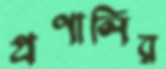
প্রণালির